Indian journal of veterinary science and animal husbandry - Volumes 26-27, 1956-1957
Year: 1956
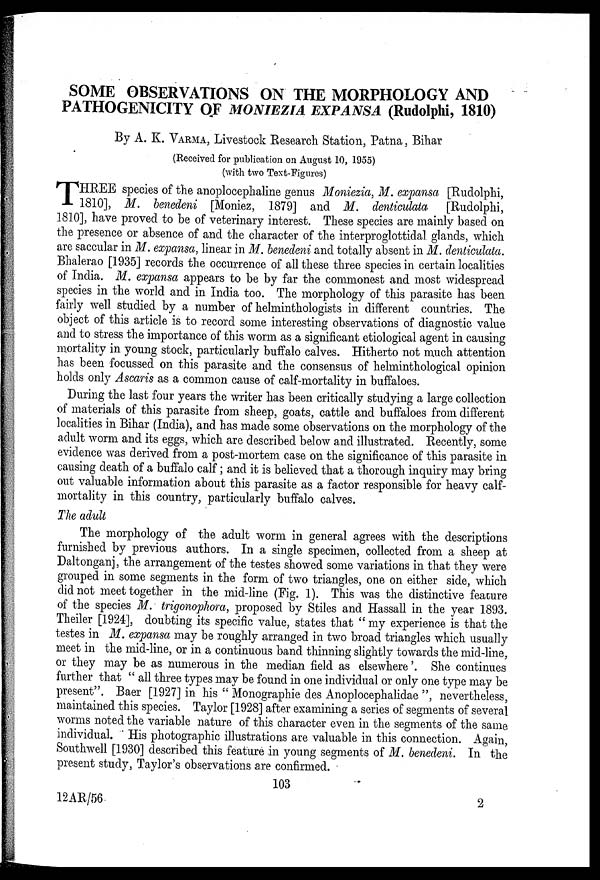
SOME OBSERVATIONS ON THE MORPHOLOGY AND
PATHOGENICITY OF MONIEZIA EXPANSA (Rudolphi, 1810)
By A. K. VARMA, Livestock Research Station, Patna, Bihar
(Received for publication on August 10, 1955)
(with two Text-Figures)
T HREE species of the anoplocephaline genus Moniezia, M. expansa [Rudolphi,
1810], M. benedeni [Moniez, 1879] and M. denticulata [Rudolphi,
1810], have proved to be of veterinary interest. These species are mainly based on
the presence or absence of and the character of the interproglottidal glands, which
are saccular in M. expansa, linear in M. benedeni and totally absent in M. denticulata.
Bhalerao [1935] records the occurrence of all these three species in certain localities
of India. M. expansa appears to be by far the commonest and most widespread
species in the world and in India too. The morphology of this parasite has been
fairly well studied by a number of helminthologists in different countries. The
object of this article is to record some interesting observations of diagnostic value
and to stress the importance of this worm as a significant etiological agent in causing
mortality in young stock, particularly buffalo calves. Hitherto not much attention
has been focussed on this parasite and the consensus of helminthological opinion
holds only Ascaris as a common cause of calf-mortality in buffaloes.
During the last four years the writer has been critically studying a large collection
of materials of this parasite from sheep, goats, cattle and buffaloes from different
localities in Bihar (India), and has made some observations on the morphology of the
adult worm and its eggs, which are described below and illustrated. Recently, some
evidence was derived from a post-mortem case on the significance of this parasite in
causing death of a buffalo calf; and it is believed that a thorough inquiry may bring
out valuable information about this parasite as a factor responsible for heavy calf-
mortality in this country, particularly buffalo calves.
The adult
The morphology of the adult worm in general agrees with the descriptions
furnished by previous authors. In a single specimen, collected from a sheep at
Daltonganj, the arrangement of the testes showed some variations in that they were
grouped in some segments in the form of two triangles, one on either side, which
did not meet together in the mid-line (Fig. 1). This was the distinctive feature
of the species M. trigonophora, proposed by Stiles and Hassall in the year 1893.
Theiler [1924], doubting its specific value, states that " my experience is that the
testes in M. expansa may be roughly arranged in two broad triangles which usually
meet in the mid-line, or in a continuous band thinning slightly towards the mid-line,
or they may be as numerous in the median field as elsewhere'. She continues
further that " all three types may be found in one individual or only one type may be
present". Baer [1927] in his " Monographie des Anoplocephalidae ", nevertheless,
maintained this species. Taylor [1928] after examining a series of segments of several
worms noted the variable nature of this character even in the segments of the same
individual. His photographic illustrations are valuable in this connection. Again,
Southwell [1930] described this feature in young segments of M. benedeni. In the
present study, Taylor's observations are confirmed.
103
12AR/56
2